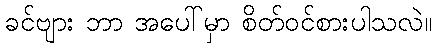
ခင်ဗျား ဘာ အပေါ်မှာ စိတ်ဝင်စားပါသလဲ။